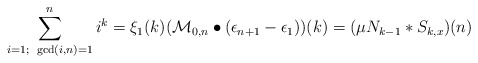
\begin{align*} \sum_{i=1;~\gcd(i,n)=1}^{n}i^k=\xi_1(k)(\mathcal{M}_{0,n}\bullet (\epsilon_{n+1}-\epsilon_1))(k)=(\mu N_{k-1}*S_{k,x})(n)\end{align*}